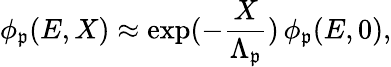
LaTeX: \phi_{\mathfrak{p}}(E,X)\approx\exp(-\frac{{X}}{{\Lambda_{\mathfrak{p}}}})\, \phi_{\mathfrak{p}}(E,0),